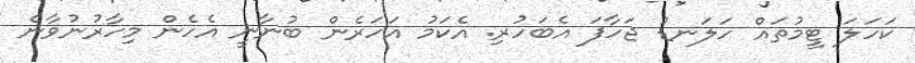
ކަހަލަ ޓީމުތައް ހަލަނޑު ޖަހާފަ އެބަހުރި. އެކަމު އަހަރެން ބުނާނީ އެހެން މިހާރުނުވާނެ